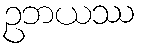
ဥဘယဿ